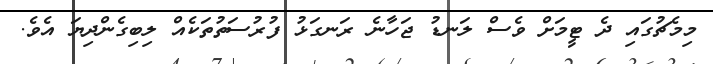
މިމެޗުގައި ދެ ޓީމަށް ވެސް ލަނޑު ޖަހާނެ ރަނގަޅު ފުރުސަތުތަކެއް ލިބިގެންދިޔަ އެވެ.